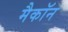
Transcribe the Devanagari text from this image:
मैकॉन